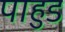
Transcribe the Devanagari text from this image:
पाहुड